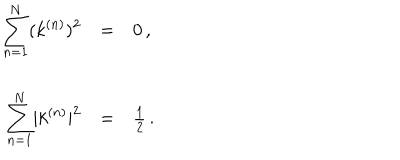
LaTeX: \begin{array} { r c l } { { \displaystyle { \sum _ { n = 1 } ^ { N } } ( k ^ { ( n ) } ) ^ { 2 } } } & { { = } } & { { 0 \, , } } \\ { { } } & { { } } & { { } } \\ { { \displaystyle { \sum _ { n = 1 } ^ { N } } | k ^ { ( n ) } | ^ { 2 } } } & { { = } } & { { \frac { 1 } { 2 } \, . } } \\ \end{array}